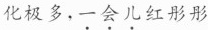
化极多，一会儿红彤彤